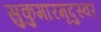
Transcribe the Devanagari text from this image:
सुकुमारमृदुस्वर